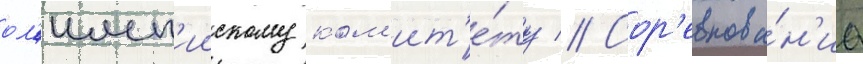
ол'имп'иискому ком'ит'е́ту // Сор'евнова́н'иа